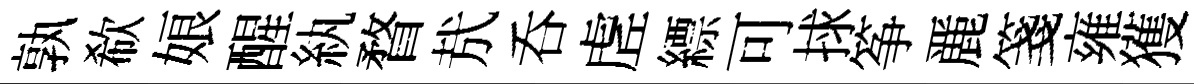
孰欷娘醒紈瞀㢤呑虗縹可捄筝䴡箋雍獲